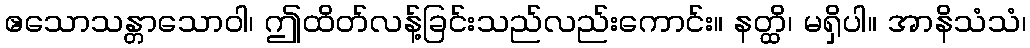
ဧသောသန္တာသောဝါ၊ ဤထိတ်လန့်ခြင်းသည်လည်းကောင်း။ နတ္ထိ၊ မရှိပါ။ အာနိသံသံ၊